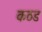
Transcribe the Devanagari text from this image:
कठड